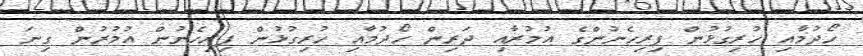
ހޯދުމާއި ހުރިގުޅުން ފިރިހެނުންގެ އުމުރާއި ދަރިން ހޯދުމާއި ހުރިގުޅުން ފިރިހެނުން އުމުރުން ގިނަ